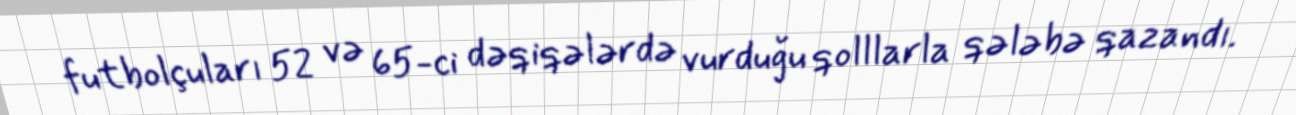
futbolçuları 52 və 65-ci dəqiqələrdə vurduğu qolllarla qələbə qazandı.